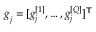
\boldsymbol { g } _ { j } = [ g _ { j } ^ { [ 1 ] } , \ldots , g _ { j } ^ { [ Q ] } ] ^ { \boldsymbol { \mathsf { T } } }